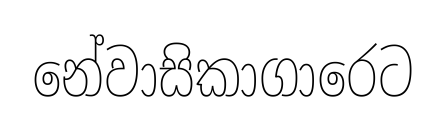
නේවාසිකාගාරෙට